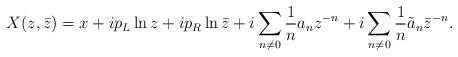
LaTeX: \begin{align*}X(z,\bar{z}) = x + i p_L \ln z + i p_R \ln \bar{z} +i \sum_{n\neq 0}\frac{1}{n} a_n z^{-n} +i \sum_{n\neq 0}\frac{1}{n} \tilde{a}_n {\bar z}^{-n}.\end{align*}